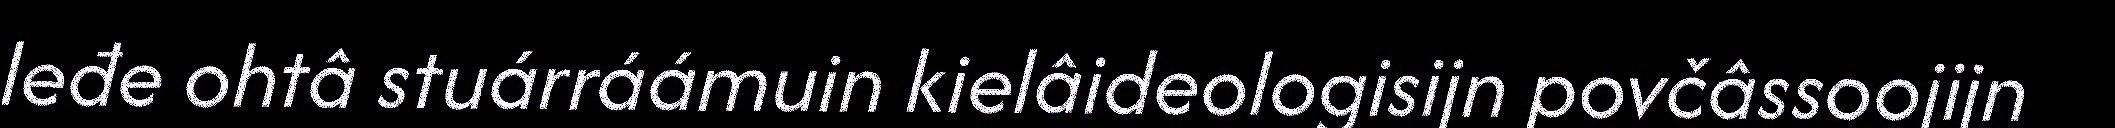
leđe ohtâ stuárráámuin kielâideologisijn povčâssoojijn